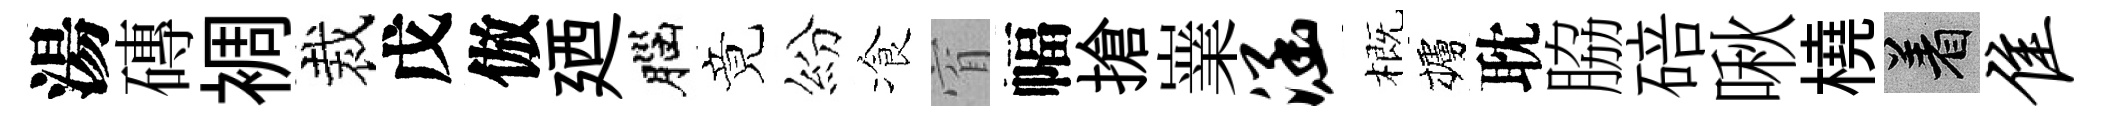
湯磚裯裁戊倣廼腦竟紛飡窅幅搶嶪涵概櫨耽脇碚啾橈著隹